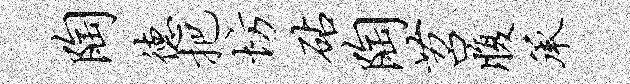
陶德把坊砧陶苕腹承